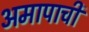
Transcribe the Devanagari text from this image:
अमापाची